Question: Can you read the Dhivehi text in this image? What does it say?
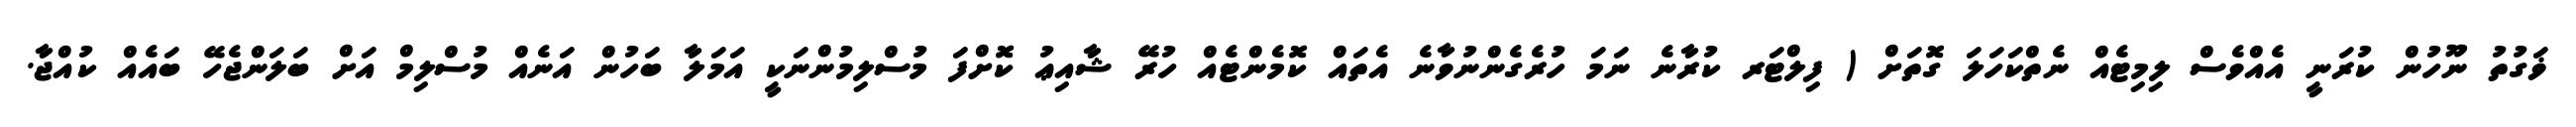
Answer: ޥަގުތު ނޫހުން ކުރަނީ އެއްވެސް ލިމިޓެއް ނެތްކަހަލަ ގޮތަށް ( ފިލްޓަރ ކުރާނެ ނަމަ ހުރެގެންނުވާނެ އެތައް ކޮމެންޓެއް ހުރޭ ޝާއިޢު ކޮށްފަ މުސްލިމުންނަކީ އަމަލާ ބަހުން އަނެއް މުސްލިމް އަށް ބަލަންޖެހޭ ބައެއް ކުއްޖާ.